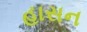
હાસન